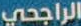
الراجحي